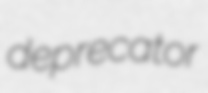
deprecator